Civil Veterinary Department. Central Provinces & Berar 1925-31 - 1925-1931
Year: 1925
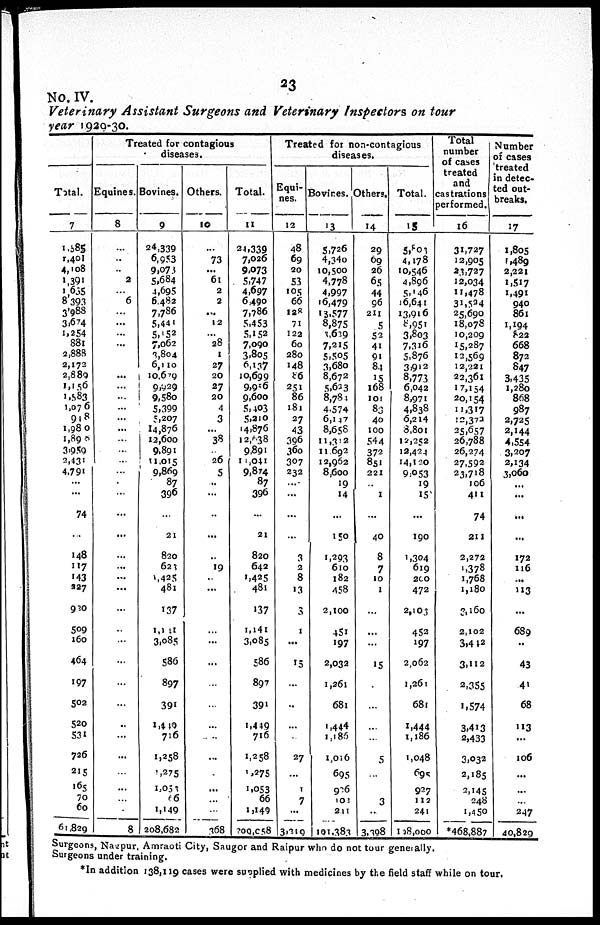
23
No. IV.
Veterinary Assistant Surgeons and Veterinary Inspectors on tour
year 1929-30.
Total.
7
1,385
1,401
4,108
1,391
1,635
8 393
3,988
3,674
1,254
881
2,888
2,172
2,889
1,156
1,583
1,076
918
1,980
1,895
3,959
2,431
4,791
...
...
74
..
148
117
143
227
900
509
160
464
197
502
520
531
726
215
165
70
60
61,829
Treated for contagious
diseases.
Equines.
8
...
..
..
2
...
6
...
...
...
...
...
...
...
...
...
...
...
...
...
...
...
...
...
...
...
...
...
...
...
...
...
...
...
...
..
...
...
...
...
...
...
8
Bovines.
9
24,339
6,953
9,073
5,684
4,695
6.482
7,786
5,441
5,152
7,062
3,804
6,110
10,679
9,929
9,580
5,399
5,207
14,876
13,600
9,891
11,015
9,869
87
396
...
21
820
623
1425
481
137
1,141
3,085
586
897
391
1,419
716
1,258
,275
1,053
66
1,149
208,682
Others.
10
...
73
...
61
2
2
...
12
... 28
1
27
20
27
20
4
3
...
38
...
26
5
..
...
..
...
..
19
..
...
...
...
...
...
...
...
...
...
...
...
...
...
...
368
Total.
11
24,339
7,026
9,073
5,747
4,697
6490
7,786
5,453
5,152
7,090
3,805
6,137
10,699
9,956
9,600
5,403
5,210
14,876
12,638
9,891
11,041
9,874
87
396
...
21
820
642
1,425
481
137
1,141
3,085
586
897
391
1,449
716
1,258
1,275
1,053
66
1,149
200,058
Treated for non-contagious
diseases.
Equi-
nes.
12
48
69
90
53
105
66
128
71
122
60
280
148
86
251
86
181
27
43
396
360
307
232
...
...
...
...
3
2
8
13
3
1
...
15
...
..
...
27
...
1
7
...
3,219
Bovines.
13
5,726
4,340
10,500
4,778
4,997
16,479
13,577
8,875
1,629
7,215
5,505
3,680
8,672
5,633
8,784
4,574
6,147
8,658
11,312
11,692
12,962
8,600
19
14
...
150
1,293
610
182
458
2,100
451
197
2,032
1,261
681
1,444
1,185
1,016
695
926
101
211
101,383
Others.
14
29
69
26
65
44
96
211
5
52
41
91
84
15
168
101
83
40
100
544
372
851
221
...
1
...
40
8
7
10
1
...
...
...
15
...
...
...
...
5
...
...
3
...
3,398
Total.
15
5,803
4,178
10,546
4,896
5,146
16,641
13,916
8,951
3,803
7,316
5,876
3,912
8,773
6,042
8,971
4,838
6,214
8,801
12,252
12,424
14,120
9,053
19
15
...
190
1,304
619
200
472
2,103
452
197
2,062
1,261
68l
1,444
1,186
1,048
695
927
112
241
118,000
Total
number
of cases
treated
and
castrations
performed.
16
31,727
12,905
23,727
12,034
11,478
31,524
25,690
18,078
10,209
15,287
12,569
12,221
22,361
17,154
20,154
11,317
12,372
25,657
26,788
26,274
27,592
23,718
106
411
74
211
2,272
1,378
1,768
1,l80
3,160
2,102
3,442
3,112
2,355
1,574
3,413
2,433
3,032
2,185
2,145
248
1,450
*468,887
Number
of cases
treated
in detec-
ted out-
breaks.
17
1,805
1,489
2,221
1,517
1,491
940
861
1,194
822
668
872
847
3,435
1,280
868
987
2,725
2,144
4,554
3,207
2,134
3,060
...
...
...
172
116
...
113
...
689
..
43
41
68
113
...
106
...
...
...
247
40,829
Surgeons, Nagpur, Amraoti City, Saugor and Raipur who do not tour geneally.
Surgeons under training.
*In addition 138,119 cases were supplied with medicines by the field staff while on tour.